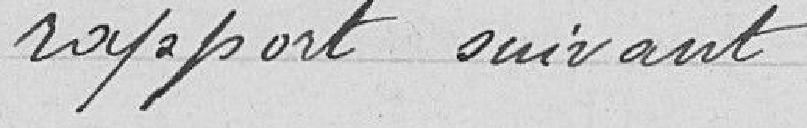
Rapports suivants :